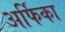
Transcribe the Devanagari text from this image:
अर्फिका